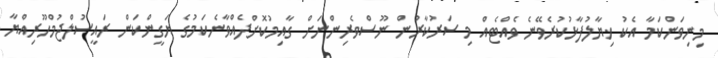
މިނިވަންކަމާ އެކު ޚިޔާލުފާޅުކުރެވޭނެ ވެއްޓެއް މި ސަރުކާރުން ނޫސްވެރިންނަށް ގާއިމުކޮށްދެއްވާނެކަމުގެ ޔަގީންކަން ރައީސުލްޖުމްހޫރިއްޔާ